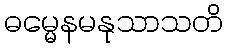
ဓမ္မေနမနုသာသတိ